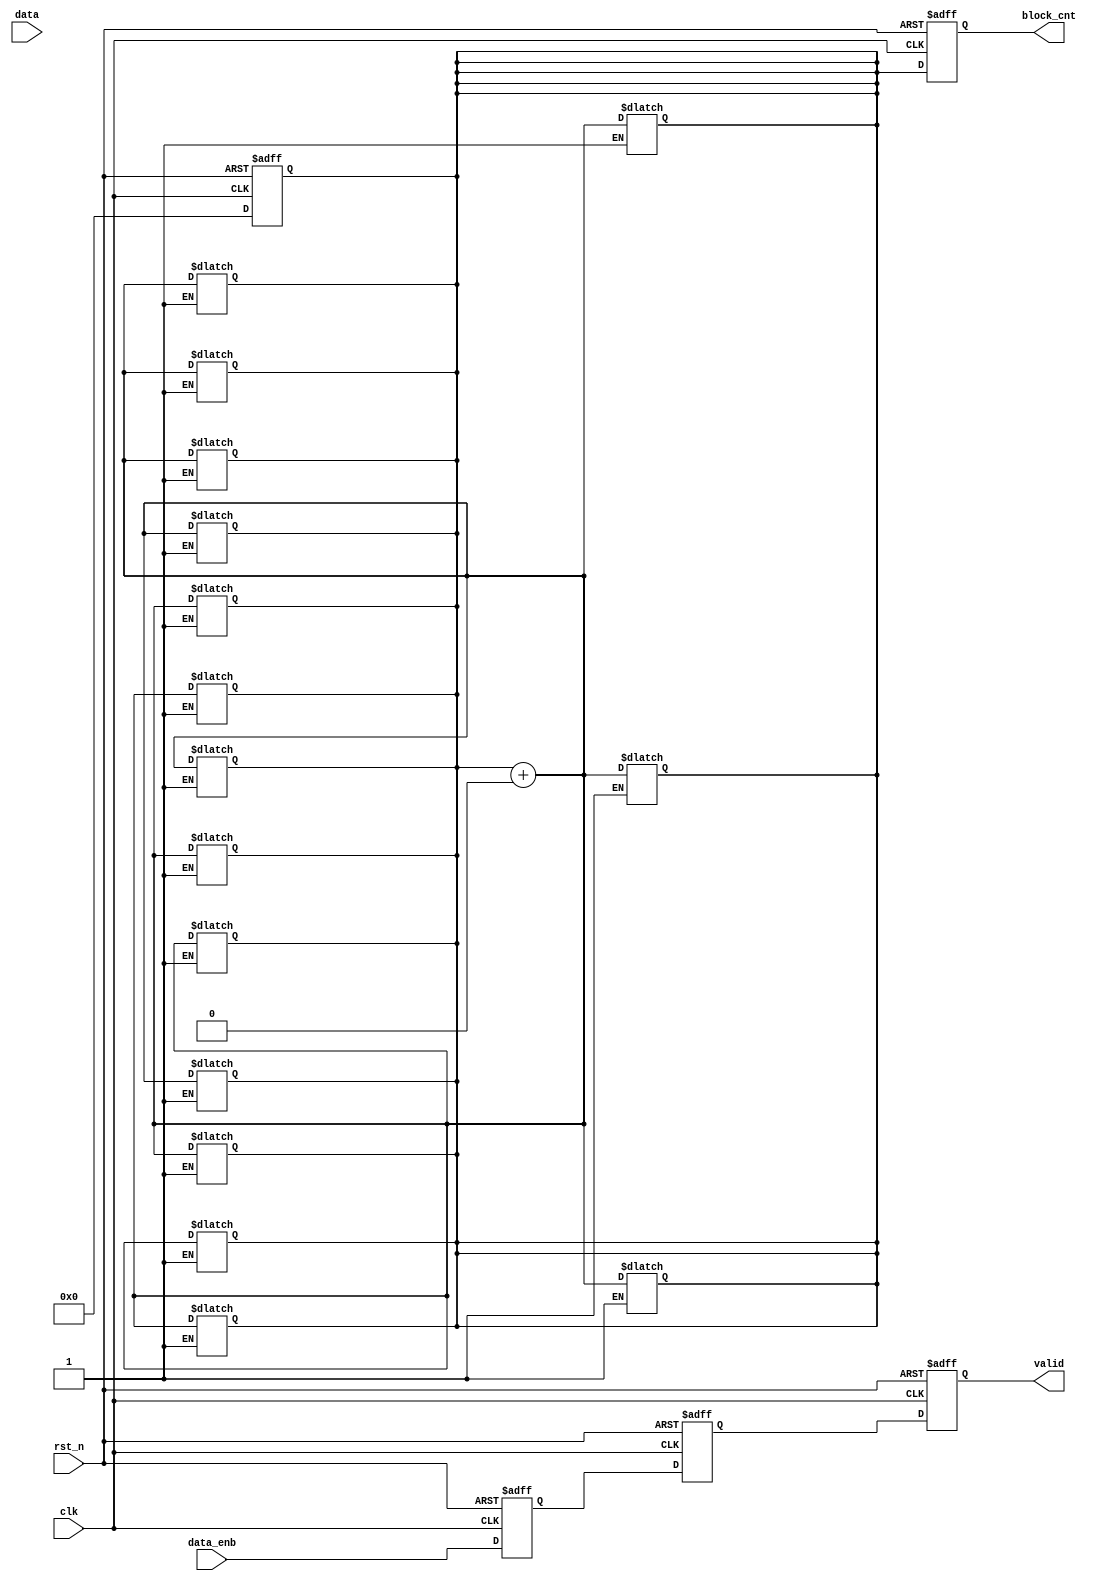
module bit_block_counter (data, data_enb, clk, rst_n, block_cnt, valid);
  //parameter
  parameter FF_DLY = 1;
  //port
  input [31:0] data;
  input data_enb;
  input clk;
  input rst_n;
  output [3:0] block_cnt;
  output valid;
  //port data type
  wire [31:0] data;
  wire data_enb;
  wire clk;
  wire rst_n;
  reg [3:0] block_cnt;
  reg valid;
  //internal variable
  reg [32:0] data_in;
  reg [33:0] flag;
  reg [3:0] cnt_0;
  reg data_enb_in;
  reg [3:0] cnt_1;
  reg [16:0] data_in_0;
  reg [3:0] block_cnt_0;
  reg valid_0;
  //data in flipflop
  always @ (posedge clk or negedge rst_n) begin 
    if (rst_n == 0) begin 
      data_in <= #FF_DLY 33'h0;
    end 
    else begin 
      data_in <= #FF_DLY data;
    end
  end
  //enable in flipflop
  always @ (posedge clk or negedge rst_n) begin 
    if (rst_n == 0) begin
      data_enb_in <= #FF_DLY 1'b0;
    end
    else begin 
      data_enb_in <= #FF_DLY data_enb;
    end
  end
    /////////counter_0
  genvar i;
  generate
    for (i=0;i<16;i=i+1) begin : counter_0
      always @ (data_in or flag[i] or i) begin
        if (i == 0) begin
          cnt_0 = 0;
          flag = 0;
          flag[i+1] = (flag[i] == 1) ? (flag[i]*data_in[i]) : (flag[i]+data_in[i]);
        end
        else begin
          flag[i+1] = (flag[i] == 1) ? (flag[i]*data_in[i]) : (flag[i]+data_in[i]);
          cnt_0 = ((flag[i+1] == 0)) ? (cnt_0 + flag[i]*flag[i-1]) : cnt_0;
        end
      end
    end
  endgenerate
  //////////////
  always @ (posedge clk or negedge rst_n) begin
    if (rst_n == 0) begin
      block_cnt_0 <= #FF_DLY 4'd0; 
    end
    else begin 
      block_cnt_0 <= #FF_DLY cnt_0;
    end
  end
///////////////////////////////
  always @ (posedge clk or negedge rst_n) begin 
    if (rst_n == 0) begin 
      valid_0 <= #FF_DLY 1'b0;  
    end
    else begin
      valid_0 <= #FF_DLY data_enb_in;
    end
  end
/////////////////////////////////////
  always @ (posedge clk or negedge rst_n) begin 
    if (rst_n == 0) begin
      data_in_0 <= #FF_DLY 17'h0;
    end
    else begin 
      data_in_0 <= #FF_DLY data_in[32:16];
    end
  end
////////counter_1
  genvar k;
  generate
    for (k=0;k<17;k=k+1) begin : counter_1
      always @ (data_in or flag[k+16] or k) begin
        if (k == 0) begin
          cnt_1 = block_cnt_0;
          flag[k+17] = (flag[k+16] == 1) ? (flag[k+16]*data_in_0[k]) : (flag[k+16]+data_in_0[k]);
        end
        else begin
          flag[k+17] = (flag[k+16] == 1) ? (flag[k+16]*data_in_0[k]) : (flag[k+16]+data_in_0[k]);
          cnt_1 = ((flag[k+17] == 0)) ? (cnt_1 + flag[k+16]*flag[k+15]) : cnt_1;
        end
      end
    end
  endgenerate

  always @ (posedge clk or negedge rst_n) begin 
    if (rst_n == 0) begin 
	    valid <= #FF_DLY 1'b0;
	  end
	  else begin 
	    valid <= #FF_DLY valid_0;
	  end
  end
  //block_cnt flipflop////////////////////////////
  always @ (posedge clk or negedge rst_n) begin 
    if (rst_n == 0) begin 
	    block_cnt <= #FF_DLY 4'd0;
	  end
	  else begin 
	    block_cnt <= #FF_DLY cnt_1;
	  end
  end
endmodule